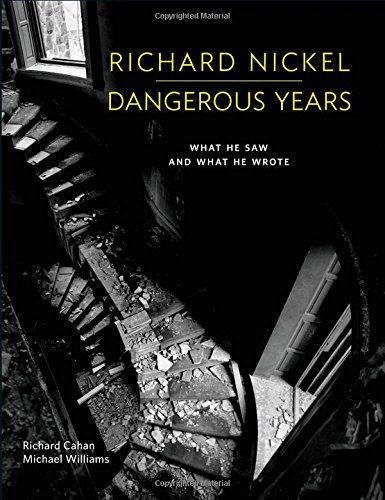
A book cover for Richard Nickel Dangerous Years: What He Saw and What He Wrote; Richard Cahan; Arts & Photography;